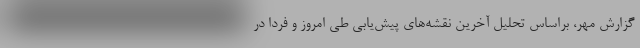
گزارش مهر، براساس تحلیل آخرین نقشه‌های پیش‌یابی طی امروز و فردا در